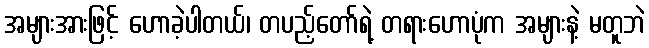
အများအားဖြင့် ဟောခဲ့ပါတယ်၊ တပည့်တော်ရဲ့ တရားဟောပုံက အများနဲ့ မတူဘဲ